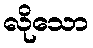
လိုသော